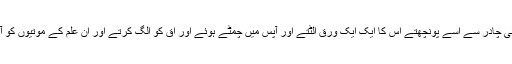
ایک ایک کتاب اٹھاتے ،پاکیزہ اور اجلی چادر سے اسے پونچھتے اس کا ایک ایک ورق الٹتے اور آپس میں چمٹے ہوئے اور اق کو الگ کرتے اور ان علم کے موتیوں کو آنسوؤں اور آہوں کا نذرانہ پیش کرتے۔